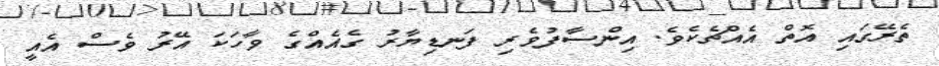
ތެރޭގައި އޮތް އެއްޗެކެވެ. އިންސާފުވެރި ފަނޑިޔާރު ގެއެއްގެ ވާހަކަ އޭރު ވެސް އެއީ